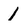
Character: 1